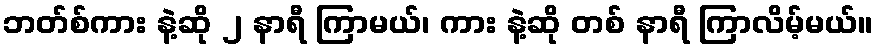
ဘတ်စ်ကား နဲ့ဆို ၂ နာရီ ကြာမယ်၊ ကား နဲ့ဆို တစ် နာရီ ကြာလိမ့်မယ်။